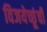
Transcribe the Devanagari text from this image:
विजयेच्छूंची